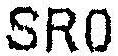
SR0